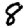
Digit: 8